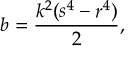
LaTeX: b = { \frac { k ^ { 2 } ( s ^ { 4 } - r ^ { 4 } ) } { 2 } } ,